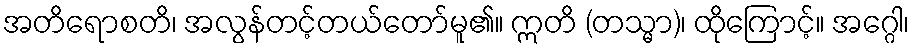
အတိရောစတိ၊ အလွန်တင့်တယ်တော်မူ၏။ ဣတိ (တသ္မာ)၊ ထိုကြောင့်။ အဂ္ဂေါ၊